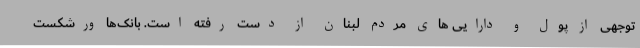
توجهی از پول و دارایی های مردم لبنان از دست رفته است. بانک‌ها ورشکست